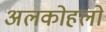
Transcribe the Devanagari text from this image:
अलकोहलों